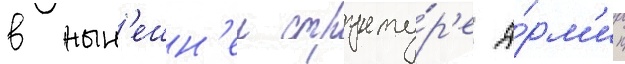
в нын'ешн'еи структу́р'е а́рм'ии